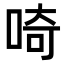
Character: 𠵇